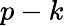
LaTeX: p-k